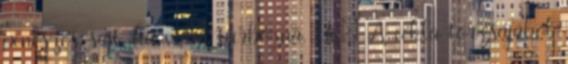
penészes sajt, ha valai turbózná. Ui.: A cékla torzsájából